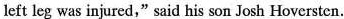
left leg was injured,"said his son Josh Hoverstcn.